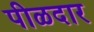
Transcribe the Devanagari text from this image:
पीळदार